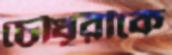
চৌধূরীকে